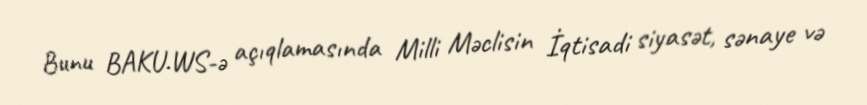
Bunu BAKU.WS-ə açıqlamasında Milli Məclisin İqtisadi siyasət, sənaye və